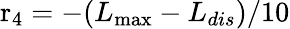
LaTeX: {\mathrm{{r}}_{4}}=-({L_{\operatorname*{max}}}-{L_{dis}})/10